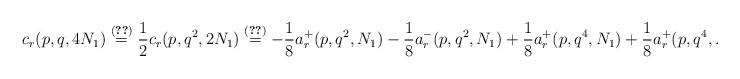
LaTeX: \begin{align*} c_r(p,q,4N_1) \stackrel{\eqref{eq:cr4N}}{=} \frac{1}{2}c_r(p,q^2,2N_1) \stackrel{\eqref{eq:cr2N}}= -\frac{1}{8} a_r^+(p,q^2,N_1) - \frac{1}{8} a_r^-(p,q^2,N_1) + \frac{1}{8} a_r^+(p,q^4,N_1) + \frac{1}{8} a_r^+(p,q^4,N_1)\end{align*}